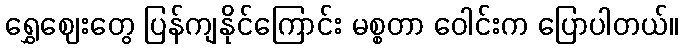
ရွှေဈေးတွေ ပြန်ကျနိုင်ကြောင်း မစ္စတာ ဝေါင်းက ပြောပါတယ်။